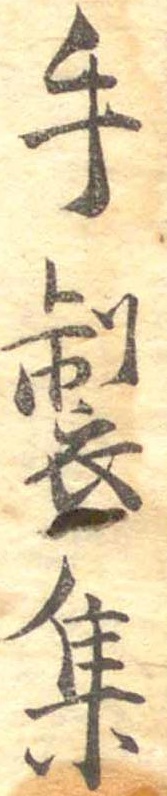
手製集